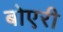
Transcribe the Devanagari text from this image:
बोएरी